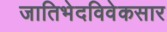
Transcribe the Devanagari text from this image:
जातिभेदविवेकसार